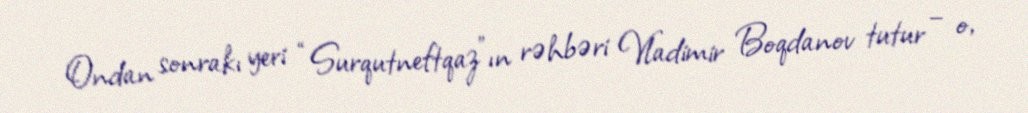
Ondan sonrakı yeri “Surqutneftqaz”ın rəhbəri Vladimir Boqdanov tutur – o,